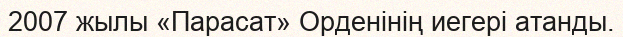
2007 жылы «Парасат» Орденінің иегері атанды.